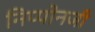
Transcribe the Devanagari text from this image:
निप्पोनजी